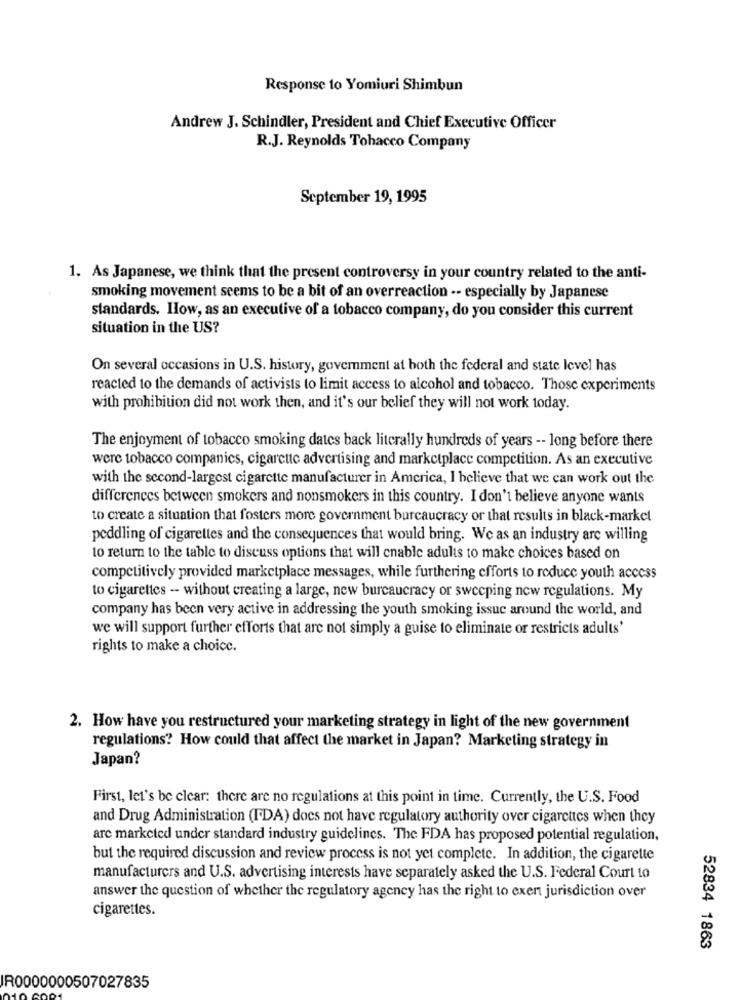
Response to Yomiuri Shimbun
Andrew J. Schindler, President and Chief Executive Officer
R.J. Reynolds Tobacco Company
September 19, 1995
1. As Japanese, we think that the present controversy in your country related to the anti-
smoking movement seems to be a bit of an overreaction -- especially by Japanese
standards. How, as an executive of a tobacco company, do you consider this current
situation in the US?
On several occasions in U.S. history, goverment at both the federal and state level has
reacted to the demands of activists to limit access to alcohol and tobacco. Those experiments
with prohibition did not work then, and it's our belief they will not work today.
The enjoyment of tobacco smoking dates back literally hundreds of years -- long before there
were tobacco companies, cigarette advertising and marketplace competition. As an executive
with the second-largest cigarette manufacturer in America, I believe that we can work out the
differences between smokers and nonsmokers in this country. I don't believe anyone wants
to create a situation that fosters more government bureaucracy or that results in black-market
peddling of cigarettes and the consequences that would bring. We as an industry are willing
to return to the table to discuss options that will enable adults to make choices based on
competitively provided marketplace messages, while furthering efforts to reduce youth access
to cigarettes -- without creating a large, new bureaucracy or sweeping new regulations. My
company has been very active in addressing the youth smoking issue around the world, and
we will support further efforts that are not simply a guise to eliminate or restricts adults'
rights to make a choice.
2. How have you restructured your marketing strategy in light of the new government
regulations? How could that affect the market in Japan? Marketing strategy in
Japan?
First, let's be clear: there are no regulations at this point in time. Currently, the U.S. Food
and Drug Administration (FDA) does not have regulatory authority over cigarettes when they
arc marketed under standard industry guidelines. The FDA has proposed potential regulation,
but the required discussion and review process is not yet complete. In addition, the cigarette
manufacturers and U.S. advertising interests have separately asked the U.S. Federal Court to
answer the question of whether the regulatory agency has the right to exert jurisdiction over
cigarettes.
52834 1863
IR0000000507027835